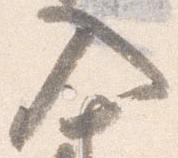
入